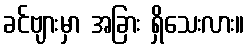
ခင်ဗျားမှာ အခြား ရှိသေးလား။